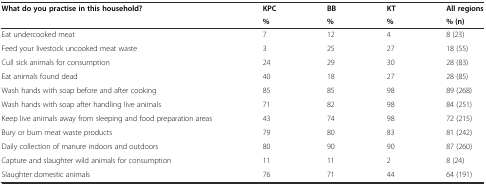
| <ROWSPAN=2> What do you practise in this household? | KPC | BB | KT | All regions |
 | % | % | % | % (n) |
 | --- | --- | --- | --- | --- |
 | Eat undercooked meat | 7 | 12 | 4 | 8 (23) |
 | Feed your livestock uncooked meat waste | 3 | 25 | 27 | 18 (55) |
 | Cull sick animals for consumption | 24 | 29 | 30 | 28 (83) |
 | Eat animals found dead | 40 | 18 | 27 | 28 (85) |
 | Wash hands with soap before and after cooking | 85 | 85 | 98 | 89 (268) |
 | Wash hands with soap after handling live animals | 71 | 82 | 98 | 84 (251) |
 | Keep live animals away from sleeping and food preparation areas | 43 | 74 | 98 | 72 (215) |
 | Bury or burn meat waste products | 79 | 80 | 83 | 81 (242) |
 | Daily collection of manure indoors and outdoors | 80 | 90 | 90 | 87 (260) |
 | Capture and slaughter wild animals for consumption | 11 | 11 | 2 | 8 (24) |
 | Slaughter domestic animals | 76 | 71 | 44 | 64 (191) |